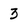
Character: 3